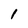
Character: 1